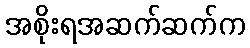
အစိုးရအဆက်ဆက်က